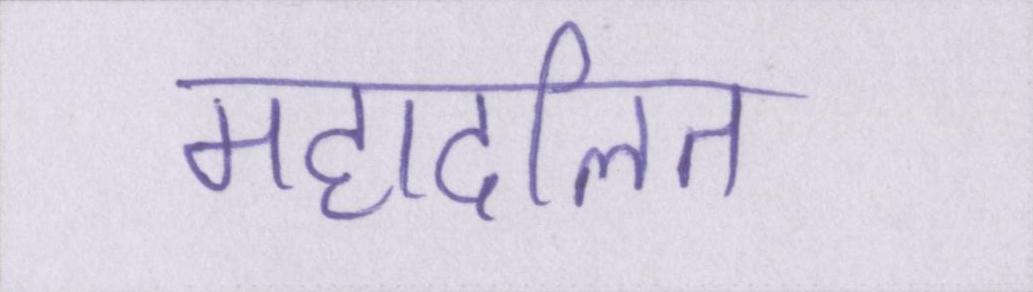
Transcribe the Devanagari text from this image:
महादलित